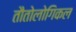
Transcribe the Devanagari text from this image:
तौतोलोगिकल